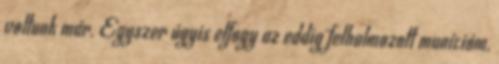
voltunk már. Egyszer úgyis elfogy az eddig felhalmozott munícióm,